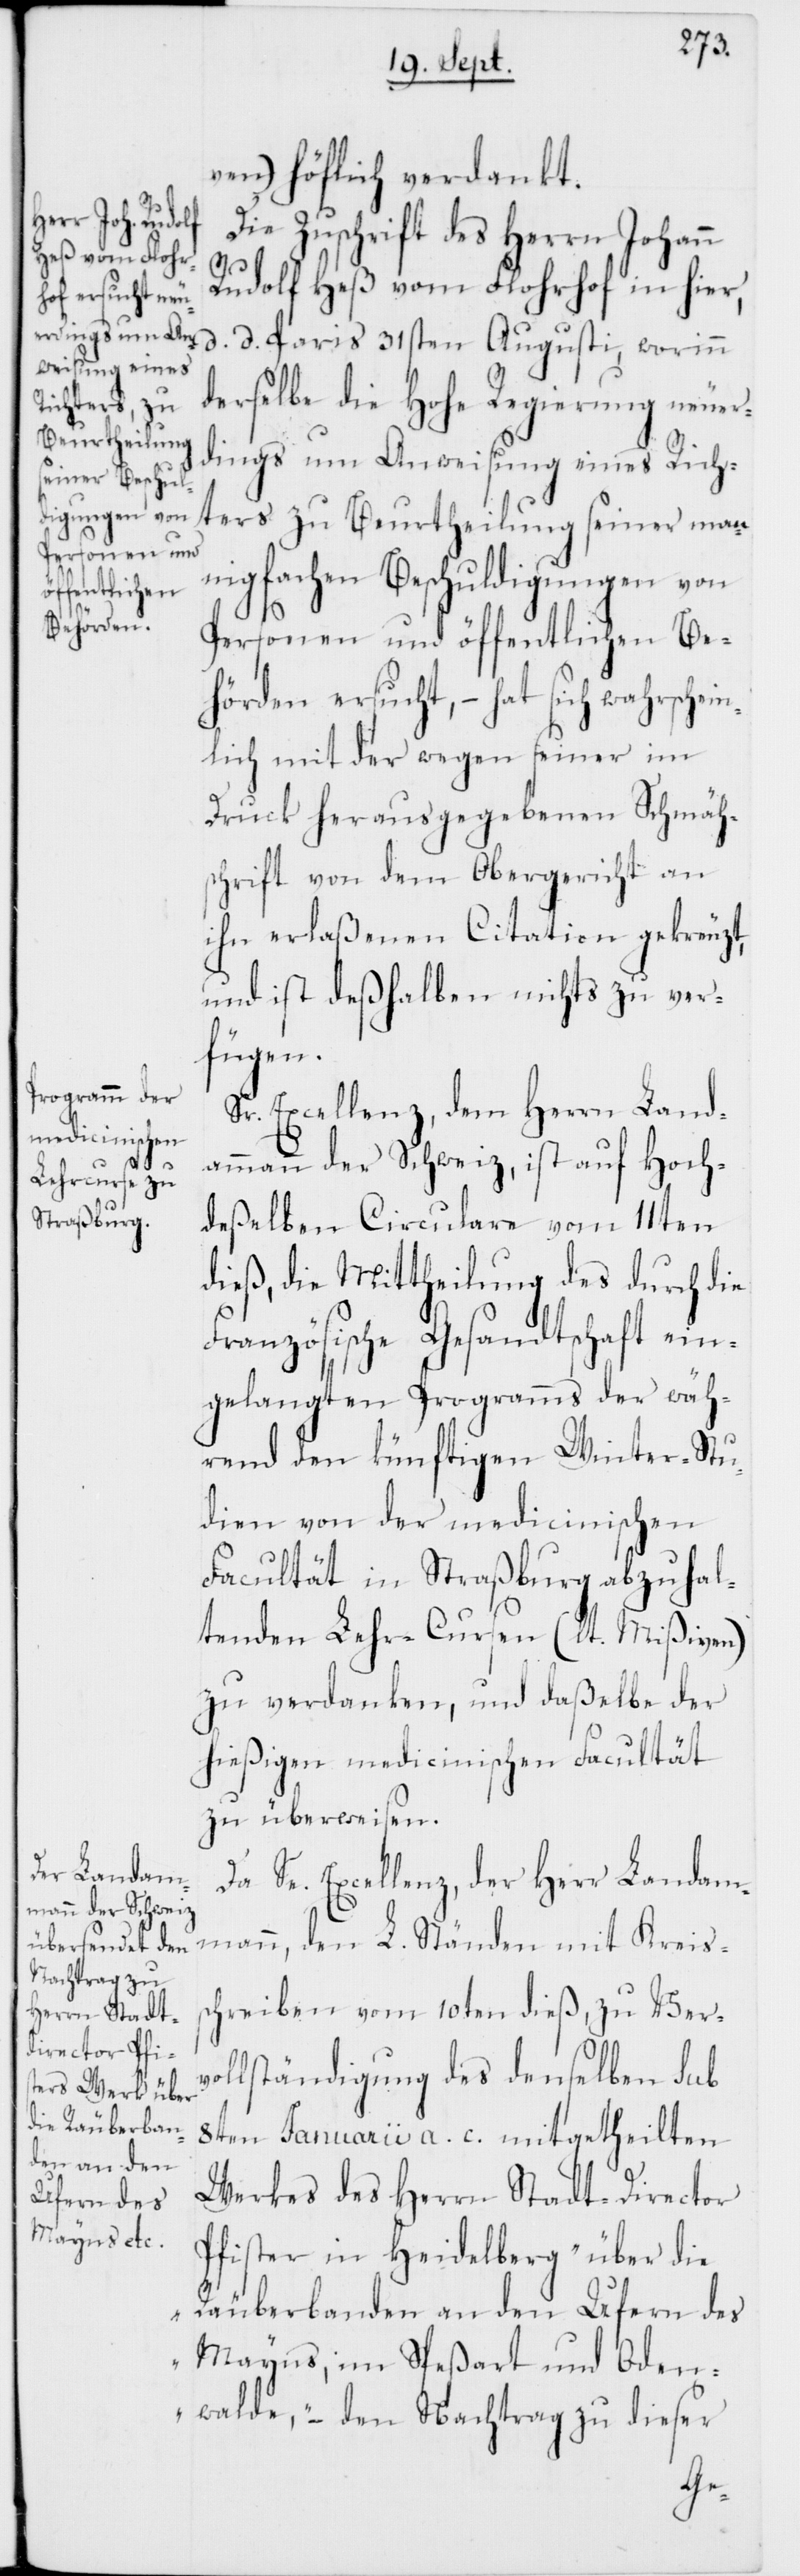
ven) höflich verdankt.
Die Zuschrift des Herrn Johann
Rudolf Heß vom Florhof in hier,
d. d. Paris 31sten Augusti, worinn
derselbe die Hohe Regierung neuer¬
dings um Anweisung eines Rich¬
ters zu Beurtheilung seiner man¬
nigfachen Beschuldigungen von
Personen und öffentlichen Be¬
hörden ersucht, – hat sich wahrschein¬
lich mit der wegen seiner im
Druck herausgegebenen Schmäh¬
schrift von dem Obergericht an
ihn erlaßenen Citation gekreuzt,
und ist deßhalben nichts zu ver¬
fügen.
Sr. Excellenz, dem Herrn Land¬
ammann der Schweiz, ist auf Hoch¬
deßelben Circulare vom 11ten
dieß, die Mittheilung des durch die
Französische Gesandtschaft ein¬
gelangten Programms der wäh¬
rend den künftigen Winter-Stu¬
dien von der medicinischen
Facultät in Straßburg abzuhal¬
tenden Lehr-Cursen (lt. Mißiven)
zu verdanken, und daßelbe der
hießigen medicinischen Facultät
zu überweisen.
Da Se. Excellenz, der Herr Landam¬
mann, den L. Ständen mit Kreiss¬
chreiben vom 10ten dieß, zu Ver¬
vollständigung des denselben sub
8ten Januarii a. c. mitgetheilten
Werkes des Herrn Stadt-Director
Pfister in Heidelberg „über die
Räuberbanden an den Ufern des
Mayns, im Speßart und Oden¬
walde,“ – den Nachtrag zu dieser